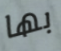
بها